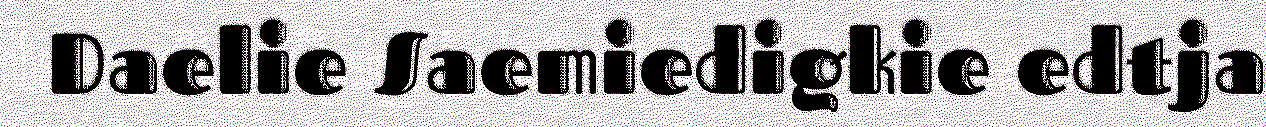
Daelie Saemiedigkie edtja